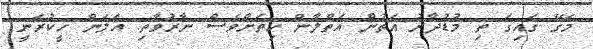
މަގޭ ގައިގަ ތި މުޑުދާރު އަތުން އަތްލާން ހިތަށްވެސް ނާރުވާތި. އަލަން ހީކުރަނީ